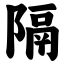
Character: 隔